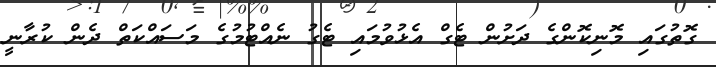
ގޮތުގައި މޮނިކޮންގެ ދަށުން ޓެގް އެޅުވުމައި ޓެގު ނެއްޓުމުގެ މަސައްކަތް ދެން ކުރާނީ